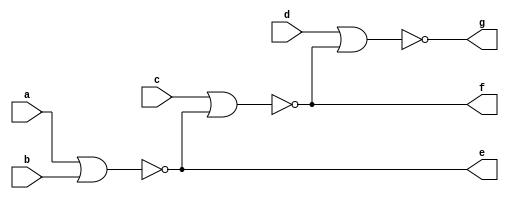
`timescale 1ns / 1ps
//////////////////////////////////////////////////////////////////////////////////
// Company: 
// Engineer: 
// 
// Design Name: 
// Module Name: nor4i
// Project Name: 
// Target Devices: 
// Tool Versions: 
// Description: 
// 
// Dependencies: 
// 
// Revision:
// Revision 0.01 - File Created
// Additional Comments:
// 
//////////////////////////////////////////////////////////////////////////////////


module nor4i(
    input a,b,c,d,
    output e,f,g

);

assign e = ~(a|b);
assign f = ~(c|e);
assign g = ~(d|f);


endmodule